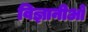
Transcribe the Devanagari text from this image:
विज्ञानीओ